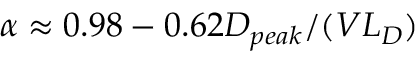
\alpha \approx 0 . 9 8 - 0 . 6 2 D _ { p e a k } / ( V L _ { D } )